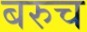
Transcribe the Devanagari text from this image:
बरुच